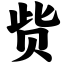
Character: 赀